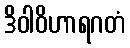
ဒိဝါဝိဟာရဂတံ